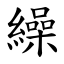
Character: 繰